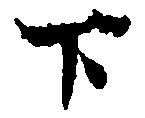
下